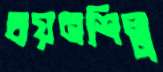
বয়নশিল্প